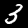
Label: 3